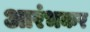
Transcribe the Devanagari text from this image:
आरंभकर